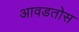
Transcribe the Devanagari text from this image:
आवडतोस